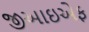
જીઆઇએફ